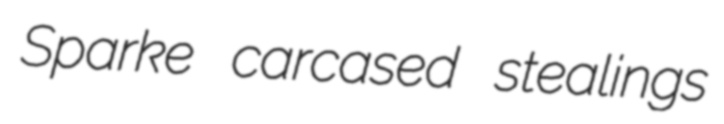
Sparke carcased stealings